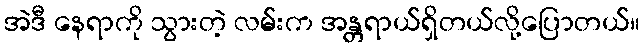
အဲဒီ နေရာကို သွားတဲ့ လမ်းက အန္တရာယ်ရှိတယ်လို့ပြောတယ်။